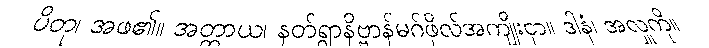
ပိတု၊ အဖ၏။ အတ္ထာယ၊ နတ်ရွာနိဗ္ဗာန်မဂ်ဖိုလ်အကျိုးငှာ။ ဒါနံ၊ အလှူကို။